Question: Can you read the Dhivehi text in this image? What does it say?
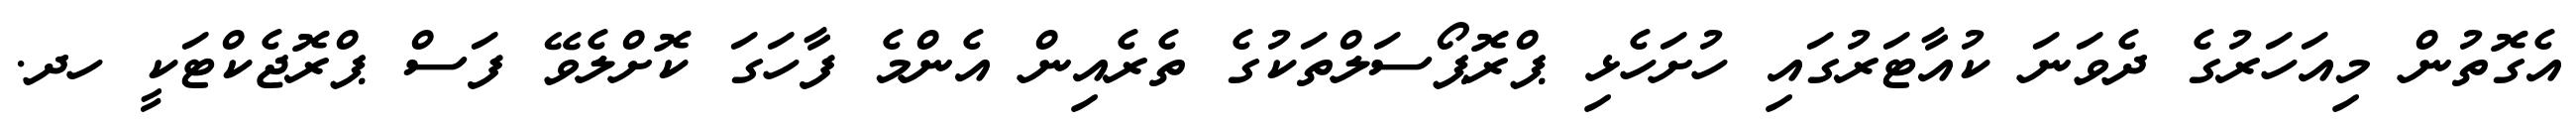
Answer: އެގޮތުން މިއަހަރުގެ ދެވަނަ ކުއާޓަރުގައި ހުށަހެޅި ޕްރޮޕޯސަލްތަކުގެ ތެރެއިން އެންމެ ފާހަގަ ކޮށްލެވޭ ފަސް ޕްރޮޖެކްޓަކީ ހދ.